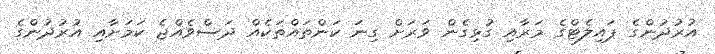
އުރުދުންގެ ޕައިލެޓްގެ މަރާއި ގުޅިގެން ވަރަށް ގިނަ ކަންތައްތަކެއް ދަސްވެއްޖެ ކަމަށާއި އުރުދުންގެ